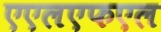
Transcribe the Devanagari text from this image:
एएलएफएल